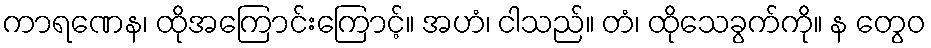
ကာရဏေန၊ ထိုအကြောင်းကြောင့်။ အဟံ၊ ငါသည်။ တံ၊ ထိုသေခွက်ကို။ န တွေဝ